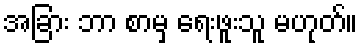
အခြား ဘာ စာမှ ရေးဖူးသူ မဟုတ်။